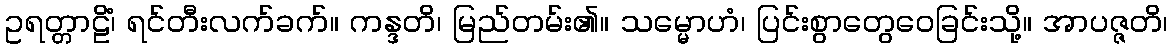
ဥရတ္တာဠိံ၊ ရင်တီးလက်ခက်။ ကန္ဒတိ၊ မြည်တမ်း၏။ သမ္မောဟံ၊ ပြင်းစွာတွေဝေခြင်းသို့။ အာပဇ္ဇတိ၊